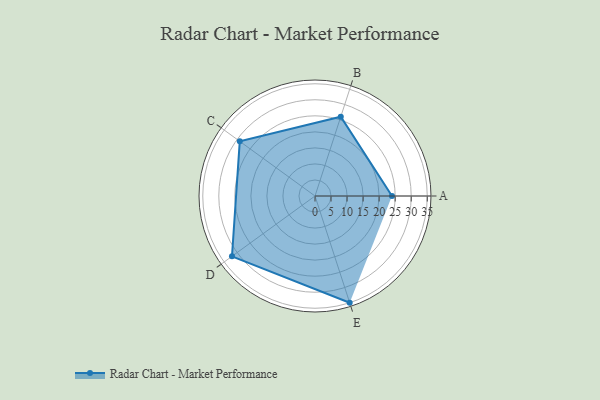
{"axis": {"x": "Skill", "y": "Score"}, "legend": ["Profile"], "data": [{"x": "A", "y": 24.0, "type": "Profile"}, {"x": "B", "y": 26.0, "type": "Profile"}, {"x": "C", "y": 29.0, "type": "Profile"}, {"x": "D", "y": 32.0, "type": "Profile"}, {"x": "E", "y": 35.0, "type": "Profile"}]}